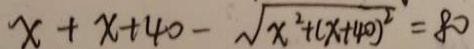
x + x + 4 0 - \sqrt { x ^ { 2 } + ( x + 4 0 ) ^ { 2 } } = 8 0